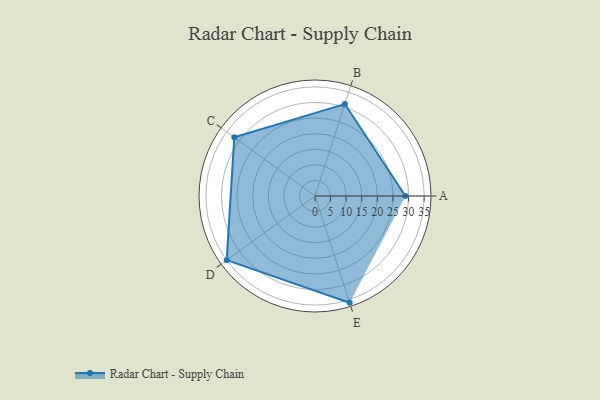
{"axis": {"x": "Skill", "y": "Score"}, "legend": ["Profile"], "data": [{"x": "A", "y": 29.0, "type": "Profile"}, {"x": "B", "y": 31.0, "type": "Profile"}, {"x": "C", "y": 32.0, "type": "Profile"}, {"x": "D", "y": 35.0, "type": "Profile"}, {"x": "E", "y": 36.0, "type": "Profile"}]}